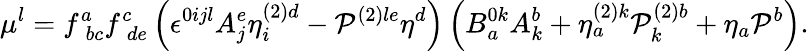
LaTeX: \mu^{l}=f_{\; bc}^{a}f_{\; de}^{c}\left(\epsilon^{0ijl}A_{j}^{e}\eta_{i}^{\left(2\right)d}-{\cal P}^{\left(2\right)le}\eta^{d}\right)\left(B_{a}^{0k}A_{k}^{b}+\eta_{a}^{\left(2\right)k}{\cal P}_{k}^{\left(2\right)b}+\eta_{a}{\cal P}^{b}\right).